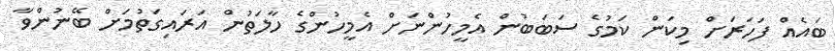
ބައެއް ފަހަރަށް މިކަން ކަމުގެ ސަބަބުން އެމީހުންނަށް އެމީހުންގެ ހާލަތުން އަރައިގަތުމަށް ބޭނުންވާ